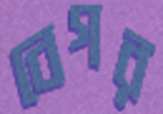
বেগর